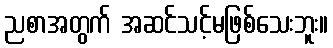
ညစာအတွက် အဆင်သင့်မဖြစ်သေးဘူး။